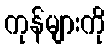
ကုန်များကို